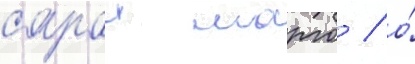
сараи марго / о́